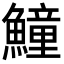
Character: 𩻡